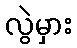
လွဲမှား